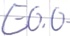
Text: E0.0